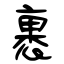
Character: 裹